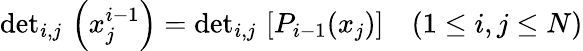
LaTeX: \mathrm{det}_{i,j}\, \left(x_{j}^{i-1}\right)=\mathrm{det}_{i,j}\, \left[P_{i-1}(x_{j})\right]\quad(1\leq i,j\leq N)